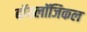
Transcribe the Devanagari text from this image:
बॉयलॉजिकल